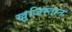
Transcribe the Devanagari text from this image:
खुजिस्तान